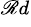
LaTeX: ^{\mathscr{R}d}